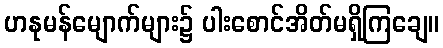
ဟနုမန်မျောက်များ၌ ပါးစောင်အိတ်မရှိကြချေ။